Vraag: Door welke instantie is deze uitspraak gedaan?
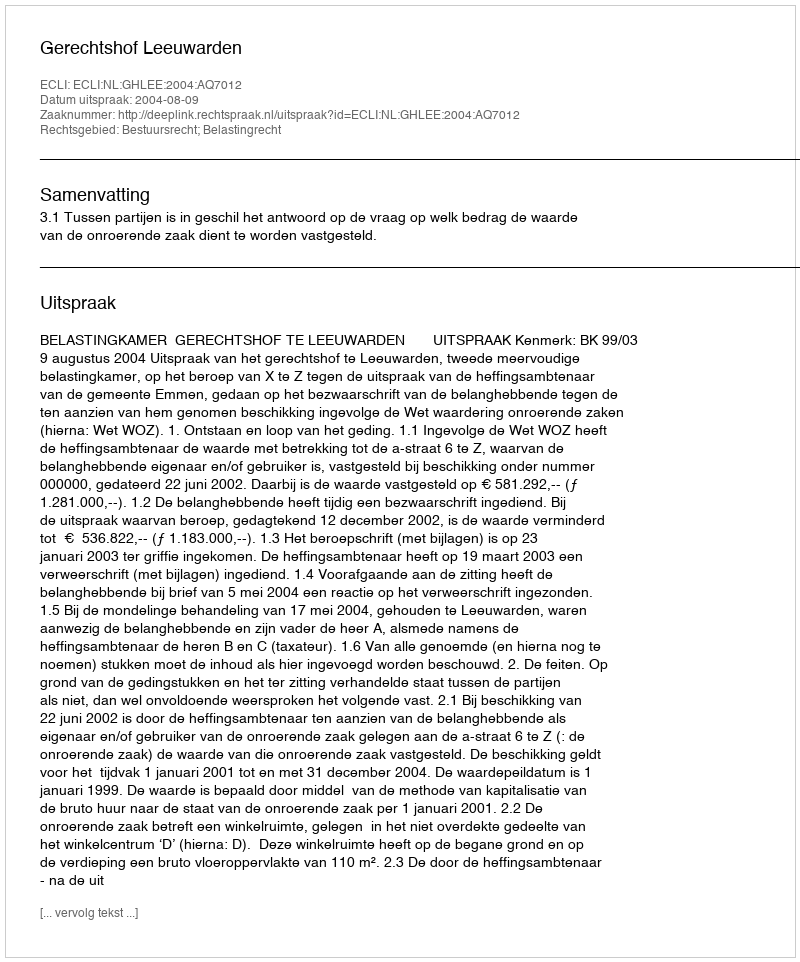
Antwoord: Gerechtshof Leeuwarden